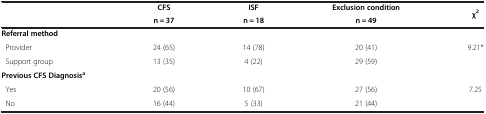
| <ROWSPAN=2>  | CFS | ISF | Exclusion condition | <ROWSPAN=2> χ2 |
 | n = 37 | n = 18 | n = 49 |
 | --- | --- | --- | --- | --- |
 | Referral method |  |  |  |  |
 | Provider | 24 (65) | 14 (78) | 20 (41) | 9.21* |
 | Support group | 13 (35) | 4 (22) | 29 (59) |  |
 | Previous CFS Diagnosisa |  |  |  |  |
 | Yes | 20 (56) | 10 (67) | 27 (56) | 7.25 |
 | No | 16 (44) | 5 (33) | 21 (44) |  |